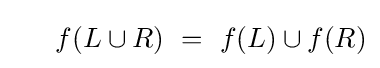
\,~~~~f(L\cup R)~=~f(L)\cup f(R)